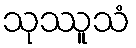
သုဿူသံ